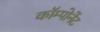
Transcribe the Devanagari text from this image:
कॉम्पोनेंट